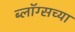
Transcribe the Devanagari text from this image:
ब्लॉग्सच्या